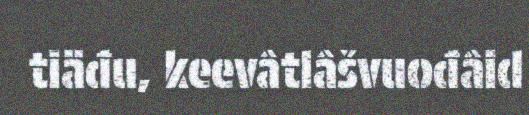
tiäđu, keevâtlâšvuođâid